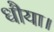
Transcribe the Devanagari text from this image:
धौया।